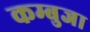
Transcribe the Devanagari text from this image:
कम्बुजा